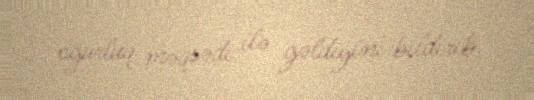
oğurluq məqsədi ilə gəldiyini bildirib.